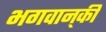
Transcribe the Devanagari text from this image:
भगवान्‌की